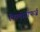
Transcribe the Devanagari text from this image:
फिलोसोफर्ज़